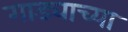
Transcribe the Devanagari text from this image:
गाड्याच्या